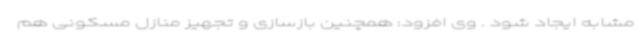
مشابه ایجاد شود . وی افزود: همچنین بازسازی و تجهیز منازل مسکونی هم